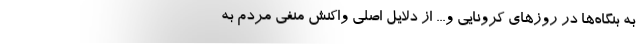
به بنگاه‌ها در روزهای کرونایی و... از دلایل اصلی واکنش منفی مردم به